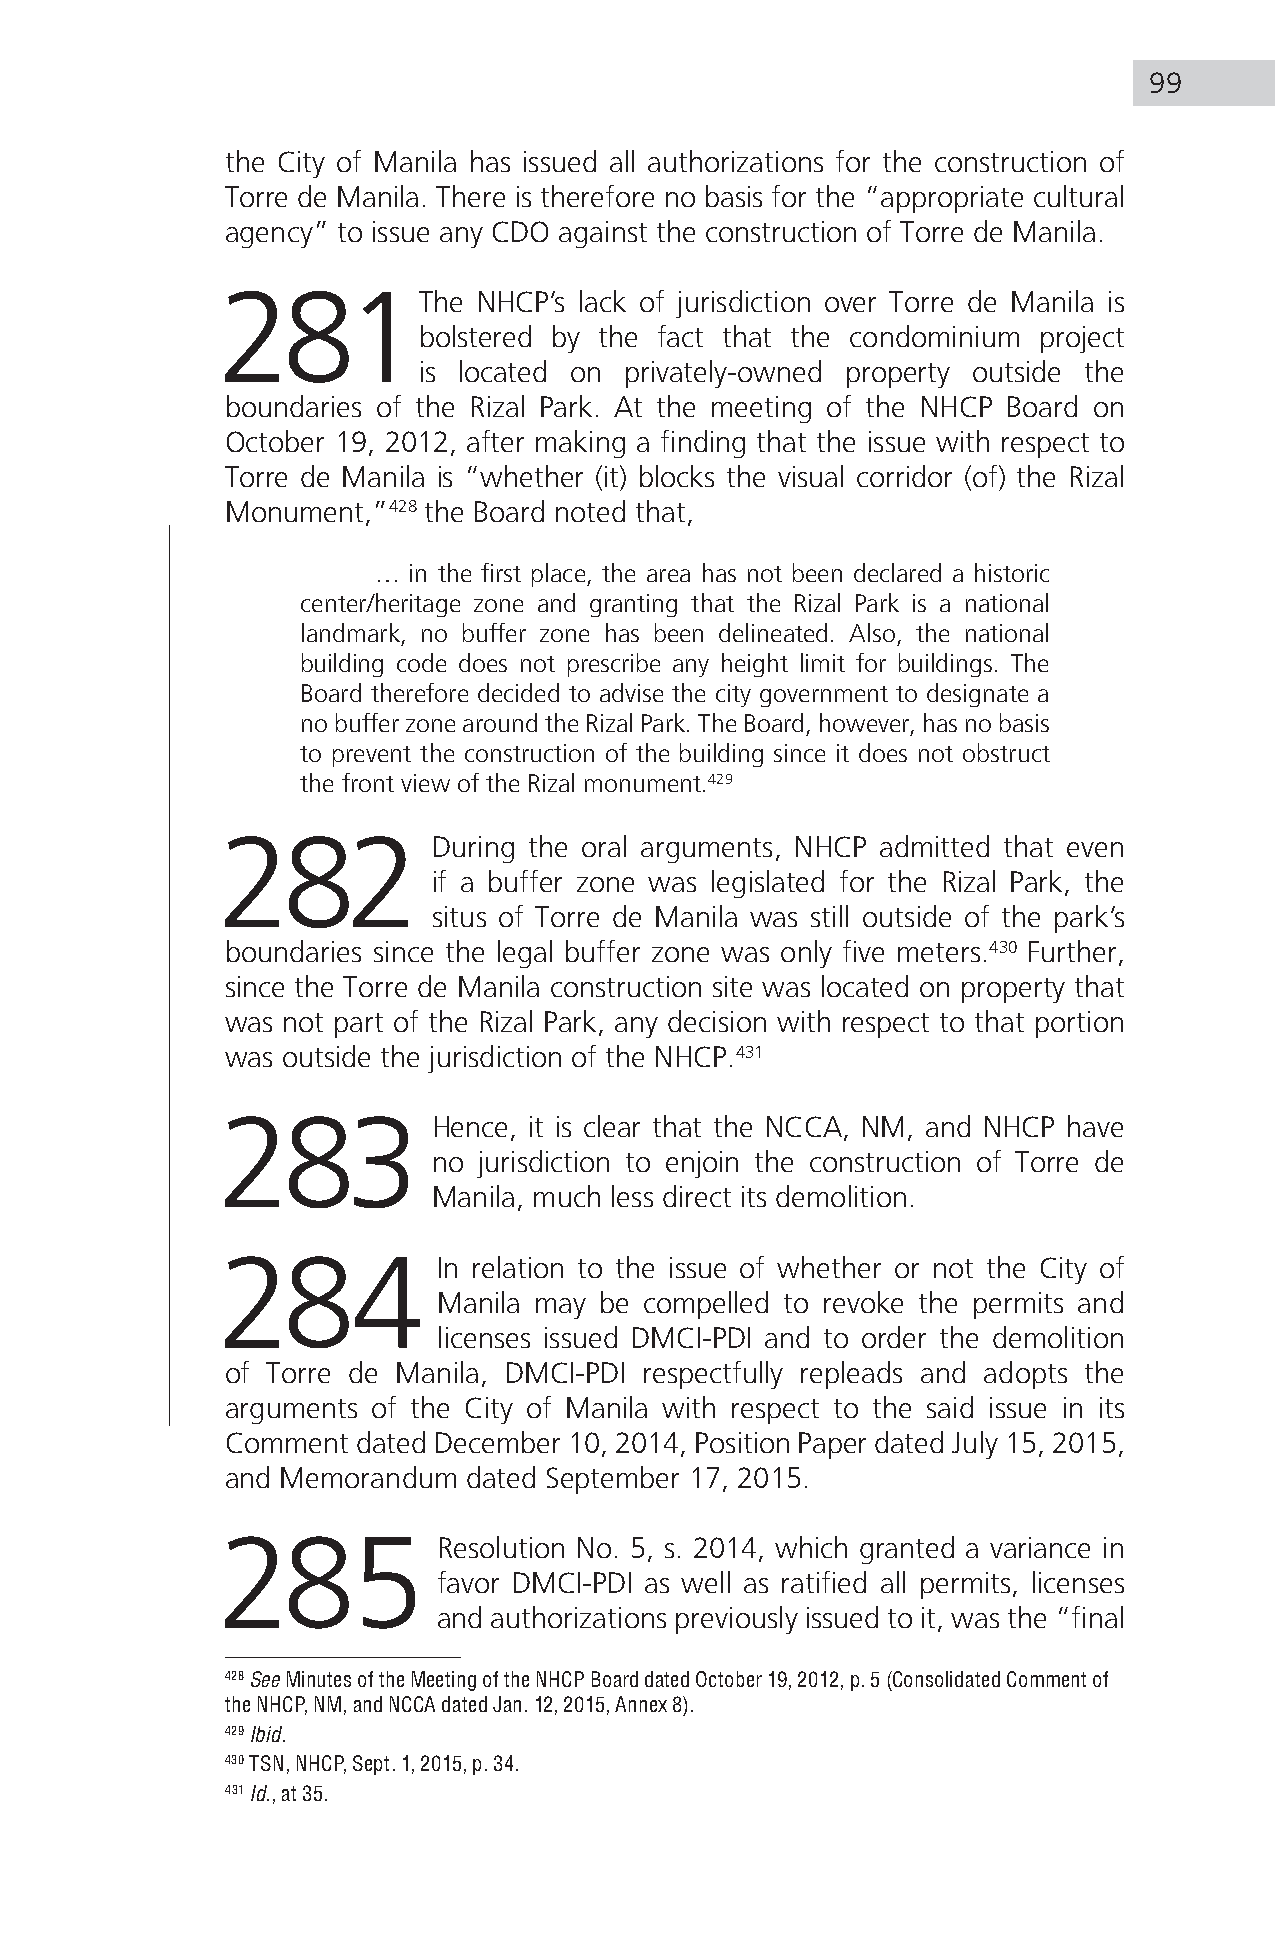
99
 the City of Manila has issued all authorizations for the construction of
 Torre de Manila. There is therefore no basis for the “appropriate cultural
 agency” to issue any CDO against the construction of Torre de Manila.
 281The            NHCP’s lack of jurisdiction over Torre de Manila is
 bolstered by the fact that the condominium project
 is located on privately-owned property outside the
 boundaries of the Rizal Park. At the meeting of the NHCP Board on
 October 19, 2012, after making a finding that the issue with respect to
 Torre de Manila is “whether (it) blocks the visual corridor (of) the Rizal
 Monument,”428 the Board noted that,
 … in the first place, the area has not been declared a historic
 center/heritage zone and granting that the Rizal Park is a national
 landmark, no buffer zone has been delineated. Also, the national
 building code does not prescribe any height limit for buildings. The
 Board therefore decided to advise the city government to designate a
 no buffer zone around the Rizal Park. The Board, however, has no basis
 to prevent the construction of the building since it does not obstruct
 the front view of the Rizal monument.429
 282            During the oral arguments, NHCP admitted that even
 if a buffer zone was legislated for the Rizal Park, the
 situs of Torre de Manila was still outside of the park’s
 boundaries since the legal buffer zone was only five meters.430 Further,
 since the Torre de Manila construction site was located on property that
 was not part of the Rizal Park, any decision with respect to that portion
 was outside the jurisdiction of the NHCP.431
 283            Hence, it is clear that the NCCA, NM, and NHCP have
 no jurisdiction to enjoin the construction of Torre de
 Manila, much less direct its demolition.
 284            In relation to the issue of whether or not the City of
 Manila may be compelled to revoke the permits and
 licenses issued DMCI-PDI and to order the demolition
 of Torre de Manila, DMCI-PDI respectfully repleads and adopts the
 arguments of the City of Manila with respect to the said issue in its
 Comment  dated December 10, 2014, Position Paper dated July 15, 2015,
 and Memorandum  dated September 17, 2015.
 285            Resolution No. 5, s. 2014, which granted a variance in
 favor DMCI-PDI as well as ratified all permits, licenses
 and authorizations previously issued to it, was the “final
 428 See Minutes of the Meeting of the NHCP Board dated October 19, 2012, p. 5 (Consolidated Comment of
 the NHCP, NM, and NCCA dated Jan. 12, 2015, Annex 8).
 429 Ibid.
 430 TSN, NHCP, Sept. 1, 2015, p. 34.
 431 Id., at 35.